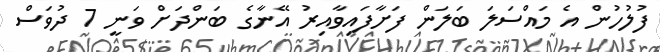
ފުލުހުން އެ މައްސަލަ ބަލަން ފަށާފައިވާއިރު އޭނާގެ ބަންދަށް ވަނީ 7 ދުވަސް